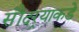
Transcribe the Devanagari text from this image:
सौंदर्‍याकडे